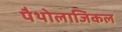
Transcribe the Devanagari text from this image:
पैथोलाजिकल